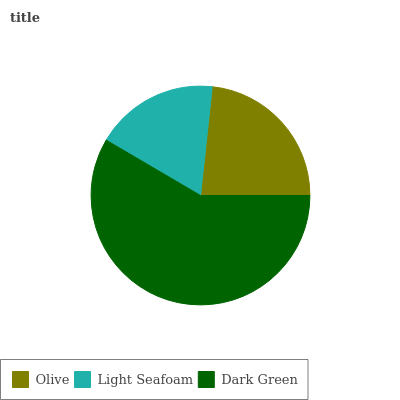
| Olive | Light Seafoam | Dark Green |
 | --- | --- | --- |
 | 23.2% | 18.3% | 58.4% |